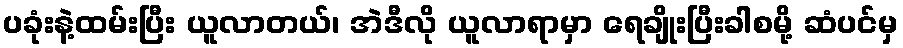
ပခုံးနဲ့ထမ်းပြီး ယူလာတယ်၊ အဲဒီလို ယူလာရာမှာ ရေချိုးပြီးခါစမို့ ဆံပင်မှ